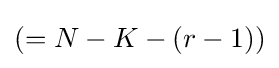
(=N-K-(r-1))